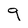
Character: 9